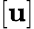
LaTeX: [\mathbf{u}]